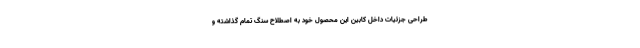
طراحی جزئیات داخل کابین این محصول خود به اصطلاح سنگ تمام گذاشته و